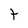
Character: T